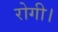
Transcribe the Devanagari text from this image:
रोगी।